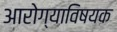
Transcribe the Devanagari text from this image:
आरोग्याविषयक